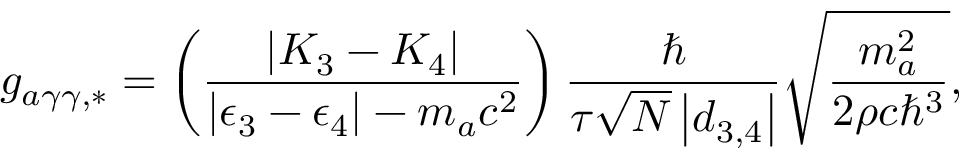
g _ { a \gamma \gamma , * } = \left( \frac { \left| K _ { 3 } - K _ { 4 } \right| } { \left| \epsilon _ { 3 } - \epsilon _ { 4 } \right| - m _ { a } c ^ { 2 } } \right) \frac { \hbar } { \tau \sqrt { N } \left| \boldsymbol d _ { 3 , 4 } \right| } \sqrt { \frac { m _ { a } ^ { 2 } } { 2 \rho c \hbar ^ { 3 } } } ,